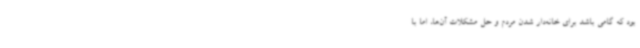
بود که گامی باشد برای خانه‌دار شدن مردم و حل مشکلات آن‌ها، اما با